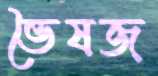
ভৈষজ